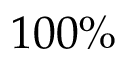
1 0 0 \%